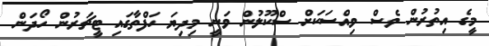
މީގެ އިތުރުން ވެސް ވިއްސަކަށް ސްކޫލުން ވަނީ މިދިޔަ ހަފްތާގައި ޓީޗަރުން ހޯދަން